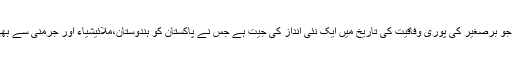
ڈاکٹر جعفر احمد کلمات تشکر اداکرتے ہوئے کہاکہ اٹھارویں ترمیم ایک بہت بڑاسنگ میل ہے جو برصغیر کی پوری وفاقیت کی تاریخ میں ایک نئی انداز کی جیت ہے جس نے پاکستان کو ہندوستان،ملائیشیاء اور جرمنی سے بھی زیادہ ڈی سینٹرلائزڈ ملک بنادیا ہے لیکن یہ سب کچھ صرف کاغذی کاروائی تک محدود ہے۔